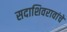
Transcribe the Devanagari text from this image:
सदाशिवरावांचे